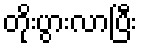
တိုးပွားလာပြီး